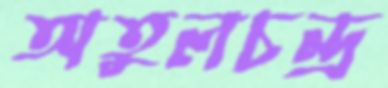
অতুলচন্দ্র